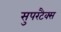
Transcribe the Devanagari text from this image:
सुपरटैक्स